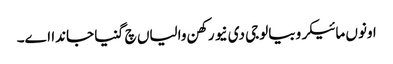
اونوں مائیکروبیالوجی دی نیو رکھن والیاں چ گنیا جاندا اے۔